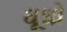
ઘૂઘો